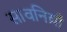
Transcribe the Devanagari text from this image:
सावनिय़ाँ